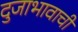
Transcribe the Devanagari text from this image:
दुजाभावाची